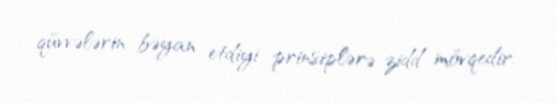
qüvvələrin bəyan etdiyi prinsiplərə zidd mövqedir.